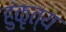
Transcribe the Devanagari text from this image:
हुंकृत्य